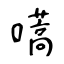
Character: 嚆